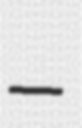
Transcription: –